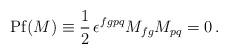
LaTeX: \begin{align*}{\rm Pf} (M) \equiv \frac 1 2 \,\epsilon^{fgpq}M_{fg}M_{pq} = 0\, .\end{align*}